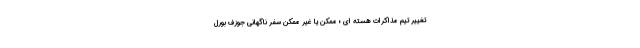
تغییر تیم مذاکرات هسته ای ؛ ممکن یا غیر ممکن سفر ناگهانی جوزف بورل